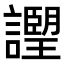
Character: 𧭅